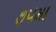
૭૫મા